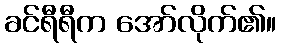
ခင်ရီရီက အော်လိုက်၏။